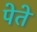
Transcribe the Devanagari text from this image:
पेते